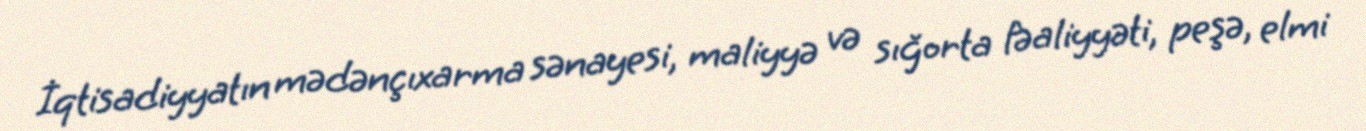
İqtisadiyyatın mədənçıxarma sənayesi, maliyyə və sığorta fəaliyyəti, peşə, elmi